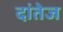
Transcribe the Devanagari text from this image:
दांतेज